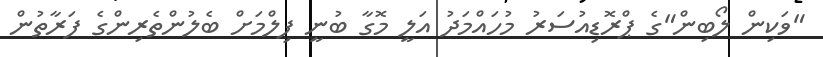
"ވަކިން ލޯބިން"ގެ ޕްރޮޑިއުސަރު މުހައްމަދު އަލީ މޮގާ ބުނީ ފިލްމަށް ބެލުންތެރިންގެ ފަރާތުން